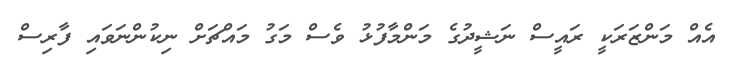
އެއް މަންޒަރަކީ ރައީސް ނަޝީދުގެ މަންމާފުޅު ވެސް މަގު މައްޗަށް ނިކުންނަވައި ފާރިސް